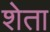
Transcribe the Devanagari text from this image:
शेता